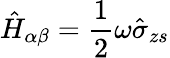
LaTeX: \hat{H}_{\alpha\beta}=\frac{1}{2}\omega\hat{\sigma}_{zs}